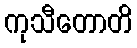
ကုသီတောတိ